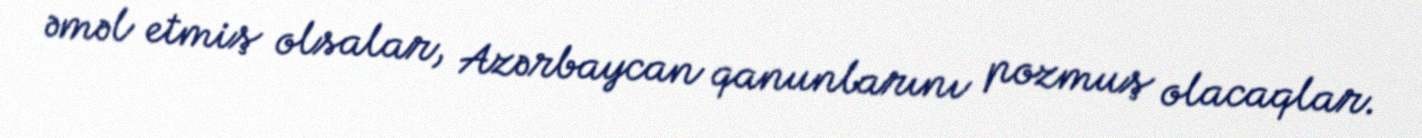
əməl etmiş olsalar, Azərbaycan qanunlarını pozmuş olacaqlar.